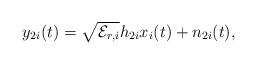
LaTeX: \begin{align*}y_{2i}(t) = \sqrt{\mathcal{E}_{r,i}} h_{2i} x_i(t) +n_{2i}(t),\end{align*}